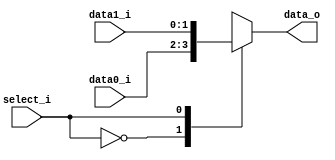
//Subject:     Architecture project 2 - MUX 2to1
//--------------------------------------------------------------------------------
//Version:     1
//--------------------------------------------------------------------------------
//Writer:      
//----------------------------------------------
//Date:        
//----------------------------------------------
//Description: 
//--------------------------------------------------------------------------------
     
module MUX_2to1(
               data0_i,
               data1_i,
               select_i,
               data_o
               );

parameter size = 0;			   
			
//I/O ports               
input   [size-1:0] data0_i;          
input   [size-1:0] data1_i;
input              select_i;
output  [size-1:0] data_o; 

//Internal Signals
reg     [size-1:0] data_o;

//Main function
always@(data0_i or data1_i or select_i )begin
	 case(select_i)
       
          1'b0:  data_o=data0_i;
          1'b1:  data_o=data1_i;
          
      endcase
end
	

endmodule